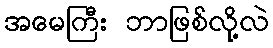
အမေကြီး ဘာဖြစ်လို့လဲ